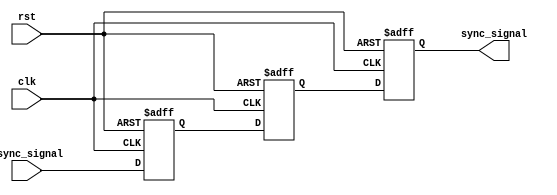
module triple_flip_flop_synchronizer (
    input wire async_signal,  // Asynchronous input signal
    input wire clk,           // Clock signal
    input wire rst,           // Reset signal
    output reg sync_signal     // Synchronized output signal
);

    // Internal signals for the synchronized stages
    reg sync_signal_1;
    reg sync_signal_2;

    // Always block for flip-flop behavior
    always @(posedge clk or posedge rst) begin
        if (rst) begin
            // Reset the flip-flops to a known state
            sync_signal_1 <= 1'b0;
            sync_signal_2 <= 1'b0;
            sync_signal   <= 1'b0;
        end else begin
            // Capture the asynchronous signal through the flip-flops
            sync_signal_1 <= async_signal;  // First flip-flop
            sync_signal_2 <= sync_signal_1;  // Second flip-flop
            sync_signal   <= sync_signal_2;   // Third flip-flop
        end
    end

endmodule